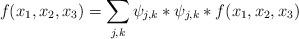
LaTeX: \begin{align*} f(x_1, x_2, x_3)=\sum \limits_{j,k}\psi _{j,k}*\psi _{j,k}*f(x_1, x_2, x_3)\end{align*}